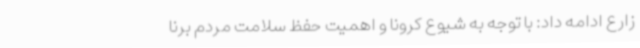
زارع ادامه داد: با توجه به شیوع کرونا و اهمیت حفظ سلامت مردم برنا